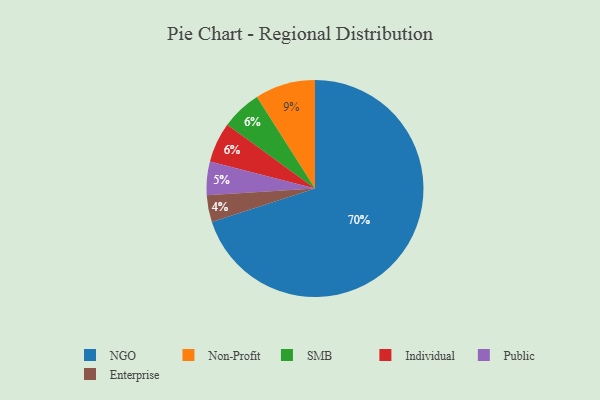
{"axis": {"x": "Category", "y": "Percentage"}, "legend": ["Enterprise", "Individual", "NGO", "Non-Profit", "Public", "SMB"], "data": [{"x": "Non-Profit", "y": 9, "type": "Non-Profit"}, {"x": "Public", "y": 5, "type": "Public"}, {"x": "Enterprise", "y": 4, "type": "Enterprise"}, {"x": "NGO", "y": 70, "type": "NGO"}, {"x": "SMB", "y": 6, "type": "SMB"}, {"x": "Individual", "y": 6, "type": "Individual"}]}